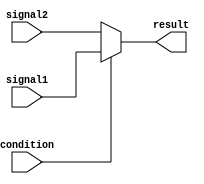
module conditional_assign (
    input wire condition,
    input wire [7:0] signal1,
    input wire [7:0] signal2,
    output reg [7:0] result
);

always @(*) begin
    if (condition) begin
        result = signal1;
    end else begin
        result = signal2;
    end
end

endmodule